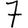
Digit: 7